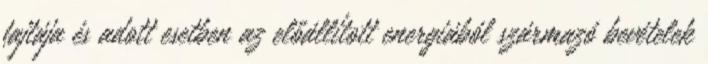
fajtája és adott esetben az előállított energiából származó bevételek